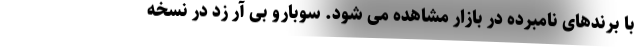
با برندهای نامبرده در بازار مشاهده می شود. سوبارو بی آر زد در نسخه